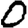
Digit: 0